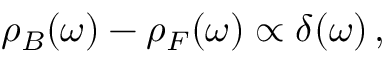
\rho _ { B } ( \omega ) - \rho _ { F } ( \omega ) \propto \delta ( \omega ) \, ,